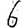
Digit: 6